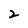
Character: 2